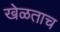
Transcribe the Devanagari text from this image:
खेळताच